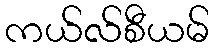
ကယ်လ်စီယမ်